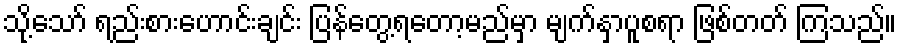
သို့သော် ရည်းစားဟောင်းချင်း ပြန်တွေ့ရတော့မည်မှာ မျက်နှာပူစရာ ဖြစ်တတ် ကြသည်။